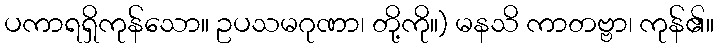
ပကာရရှိကုန်သော။ ဥပသမဂုဏာ၊ တို့ကို။) မနသိ ကာတဗ္ဗာ၊ ကုန်၏။